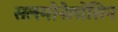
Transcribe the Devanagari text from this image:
सलमोनेलोसिन